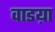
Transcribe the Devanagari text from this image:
वाडय़ा